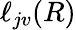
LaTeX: \ell_{jv}(R)